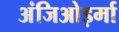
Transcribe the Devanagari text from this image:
अंजिओड़र्मा